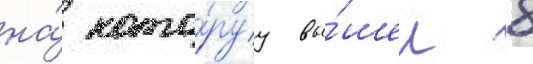
на́ кото́руу вы́шел 8